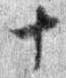
十